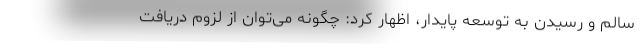
سالم و رسیدن به توسعه پایدار، اظهار کرد: چگونه می‌توان از لزوم دریافت